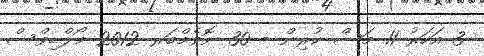
3 އަހަރު 11 މަސް ކުރިން - 30 ނޮވެމްބަރ 2012 މޯލްޑިވްސް